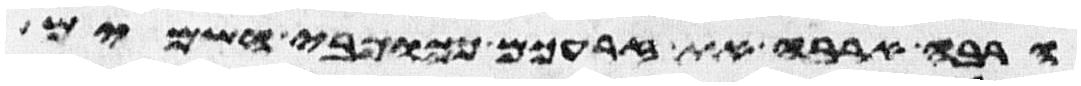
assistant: הרבה ארבה את זרעכם ככוכבי השמים